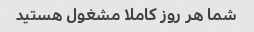
شما هر روز کاملا مشغول هستید